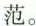
范。